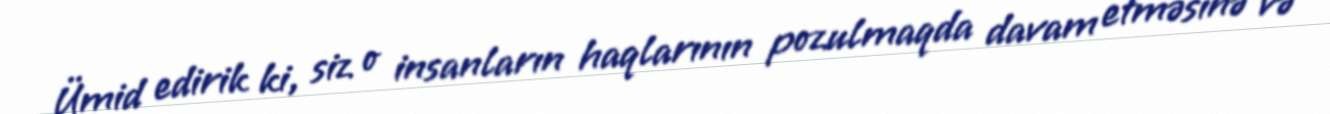
Ümid edirik ki, siz o insanların haqlarının pozulmaqda davam etməsinə və